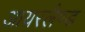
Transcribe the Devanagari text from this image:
आयरलैण्‍ड